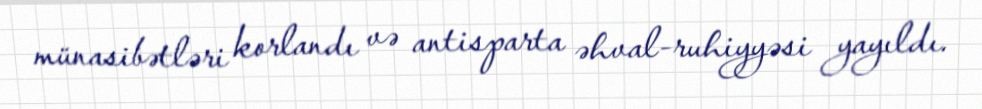
münasibətləri korlandı və antisparta əhval-ruhiyyəsi yayıldı.